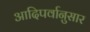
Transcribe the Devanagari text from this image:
आदिपर्वानुसार